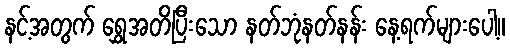
နင့်အတွက် ရွှေအတိပြီးသော နတ်ဘုံနတ်နန်း နေ့ရက်များပေါ့။